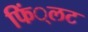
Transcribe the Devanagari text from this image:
फिं्लट